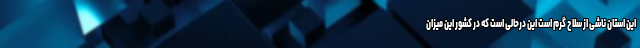
این استان ناشی از سلاح گرم است این درحالی است که در کشور این میزان